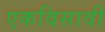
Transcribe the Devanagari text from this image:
एकविसावी